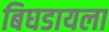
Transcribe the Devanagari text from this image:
बिघडायला